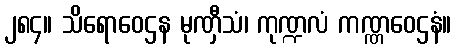
၂၈၄။ သိရောဝေဌန မုဏှီသံ၊ ကုဏ္ဍလံ ကဏ္ဏဝေဌနံ။